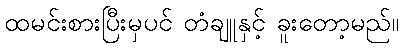
ထမင်းစားပြီးမှပင် တံချူနှင့် ခူးတော့မည်။